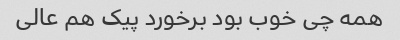
همه چی خوب بود برخورد پیک هم عالی